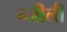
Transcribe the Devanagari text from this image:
न्जीली